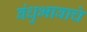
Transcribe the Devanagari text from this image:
बंधुभावाचे